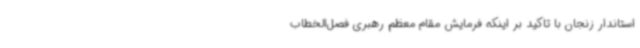
استاندار زنجان با تاکید بر اینکه فرمایش مقام معظم رهبری فصل‌الخطاب